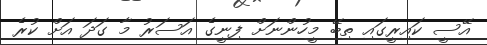
އޭސީ ކައިރީގައި ތިބޭ މީހުންނަށް ފިނީގެ އަސަރު މާ ގަދަ އަށް ކުރެ